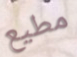
مطيع